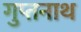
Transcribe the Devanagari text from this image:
गुप्तनाथ